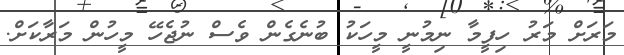
މަރަށް މަރު ހިފީމާ ނިމުނީ މީހަކު ބުނެގެން ވެސް ނުޖެހޭ މީހުން މަރާކަށް.